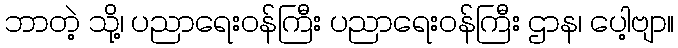
ဘာတဲ့ သို့၊ ပညာရေးဝန်ကြီး ပညာရေးဝန်ကြီး ဌာန၊ ပေါ့ဗျာ။